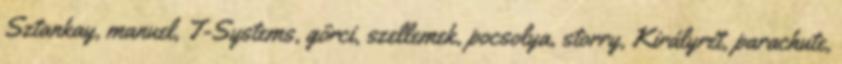
Sztankay, manuel, T-Systems, görci, szellemek, pocsolya, storry, Királyrét, parachute,